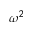
\omega ^ { 2 }